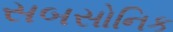
સબસોનિક